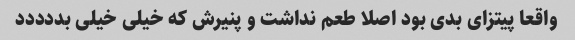
واقعا پیتزای بدی بود اصلا طعم نداشت و پنیرش که خیلی خیلی بددددد